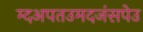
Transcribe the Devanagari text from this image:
म्दअपतउमदजंसपेउ